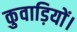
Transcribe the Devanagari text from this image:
कुवाड़ियों।